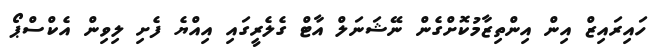
ހައިރައިޒް އިން އިންތިޒާމުކޮށްގެން ނޭޝަނަލް އާޓް ގެލެރީގައި އިއްޔެ ފެށި ލިވިން އެކްސްޕޯ